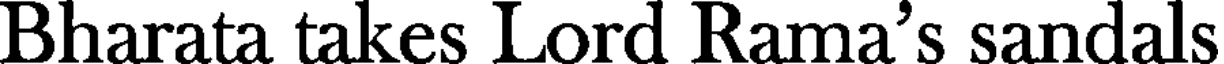
Bharata takes Lord Rama's sandals